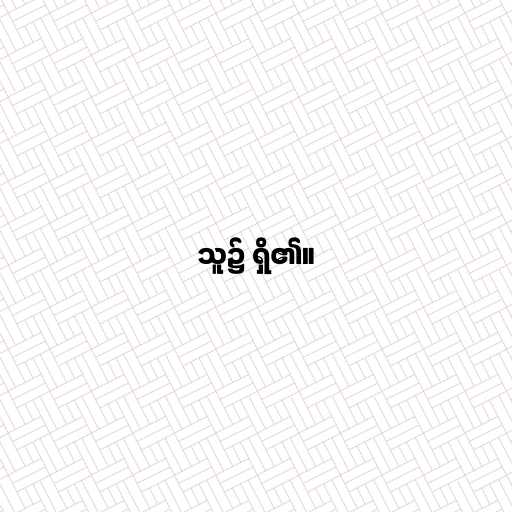
သူ၌ ရှိ၏။